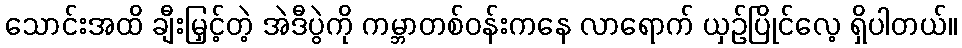
သောင်းအထိ ချီးမြှင့်တဲ့ အဲဒီပွဲကို ကမ္ဘာတစ်ဝန်းကနေ လာရောက် ယှဉ်ပြိုင်လေ့ ရှိပါတယ်။